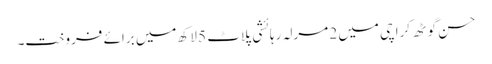
حسن گوٹھ کراچی میں 2 مرلہ رہائشی پلاٹ 5 لاکھ میں برائے فروخت۔